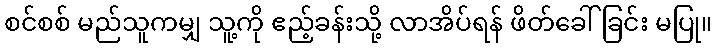
စင်စစ် မည်သူကမျှ သူ့ကို ဧည့်ခန်းသို့ လာအိပ်ရန် ဖိတ်ခေါ်ခြင်း မပြု။